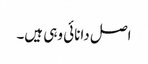
اصل دانائی وہی ہیں۔